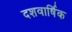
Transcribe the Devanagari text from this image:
दशवार्षिक